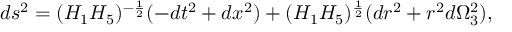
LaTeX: d s ^ { 2 } = ( H _ { 1 } H _ { 5 } ) ^ { - \frac { 1 } { 2 } } ( - d t ^ { 2 } + d x ^ { 2 } ) + ( H _ { 1 } H _ { 5 } ) ^ { \frac { 1 } { 2 } } ( d r ^ { 2 } + r ^ { 2 } d \Omega _ { 3 } ^ { 2 } ) ,